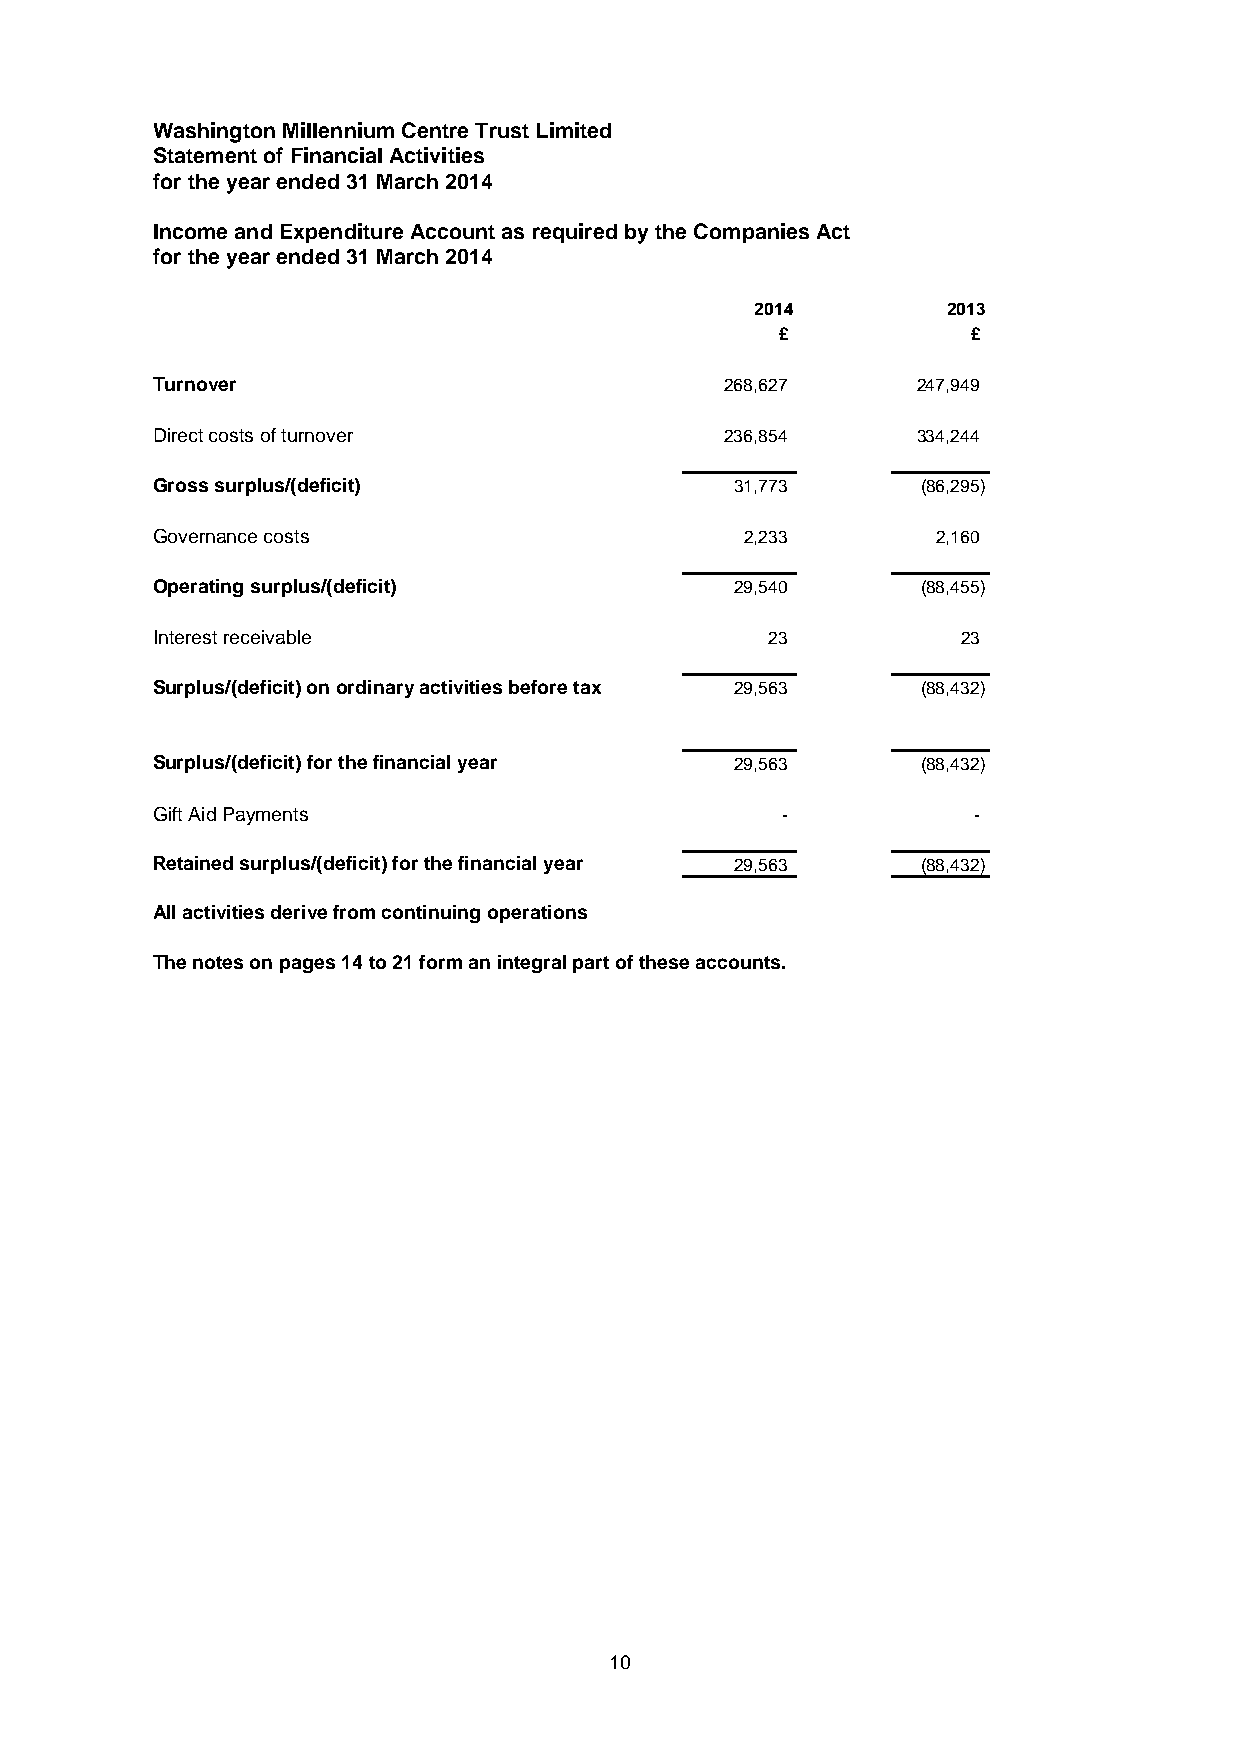
Washington Millennium Centre Trust Limited
 Statement of Financial Activities
 for the year ended 31 March 2014
 Income and Expenditure Account as required by the Companies Act
 for the year ended 31 March 2014
 2014         2013
 £           £
 Turnover                              268,627      247,949
 Direct costs of turnover              236,854      334,244
 Gross surplus/(deficit)                31,773      (86,295)
 Governance costs                       2,233        2,160
 Operating surplus/(deficit)            29,540      (88,455)
 Interest receivable                      23           23
 Surplus/(deficit) on ordinary activities before tax 29,563 (88,432)
 Surplus/(deficit) for the financial year 29,563    (88,432)
 GImifpt oAridta Pnatynmoetents            -           -
 Retained surplus/(deficit) for the financial year 29,563 (88,432)
 All activities derive from continuing operations
 The notes on pages 14 to 21 form an integral part of these accounts.
 10